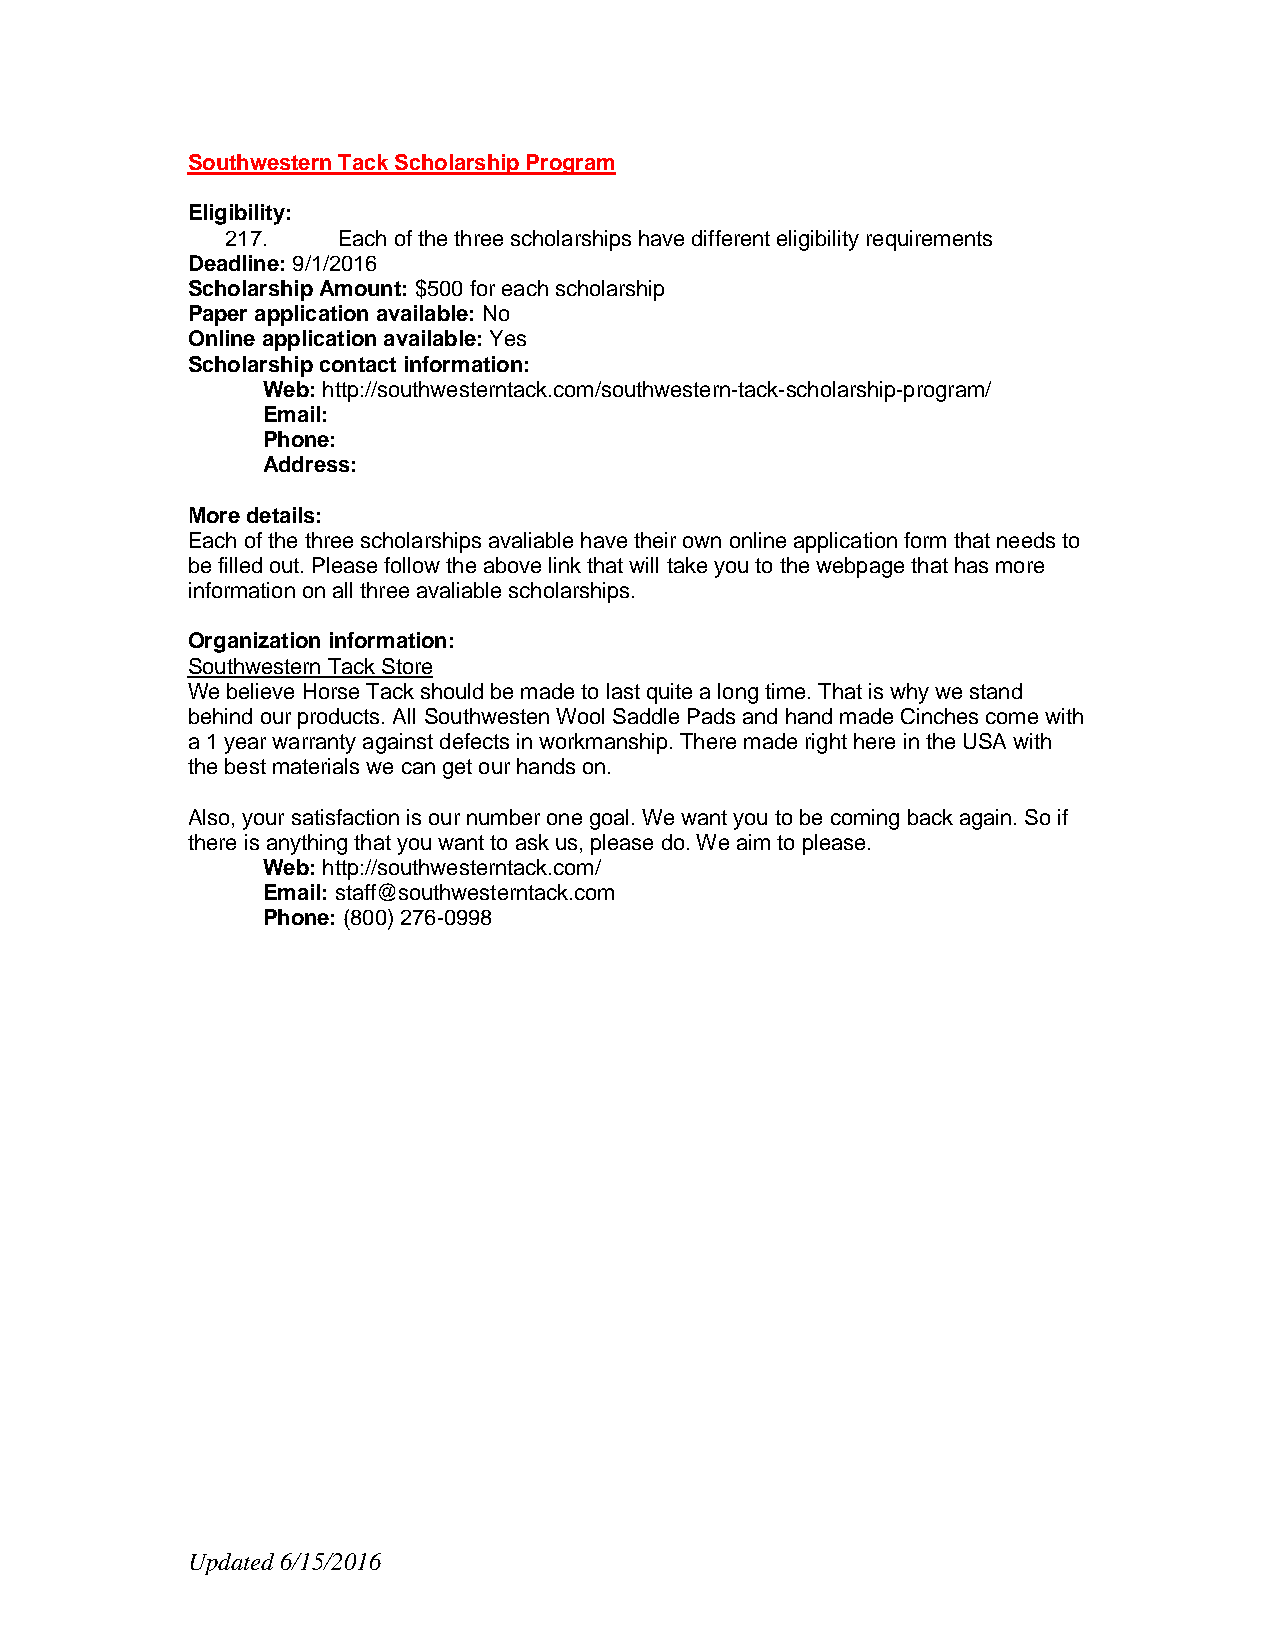
Southwestern Tack Scholarship Program
 Eligibility:
 217.   Each of the three scholarships have different eligibility requirements
 Deadline: 9/1/2016
 Scholarship Amount: $500 for each scholarship
 Paper application available: No
 Online application available: Yes
 Scholarship contact information:
 Web: http://southwesterntack.com/southwestern-tack-scholarship-program/
 Email:
 Phone:
 Address:
 More details:
 Each of the three scholarships avaliable have their own online application form that needs to
 be filled out. Please follow the above link that will take you to the webpage that has more
 information on all three avaliable scholarships.
 Organization information:
 Southwestern Tack Store
 We believe Horse Tack should be made to last quite a long time. That is why we stand
 behind our products. All Southwesten Wool Saddle Pads and hand made Cinches come with
 a 1 year warranty against defects in workmanship. There made right here in the USA with
 the best materials we can get our hands on.
 Also, your satisfaction is our number one goal. We want you to be coming back again. So if
 there is anything that you want to ask us, please do. We aim to please.
 Web: http://southwesterntack.com/
 Email: staff@southwesterntack.com
 Phone: (800) 276-0998
 Updated 6/15/2016